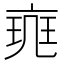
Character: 𠅪